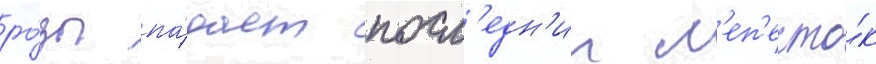
ро́зы па́дает посл'едн'ии л'еп'есто́к